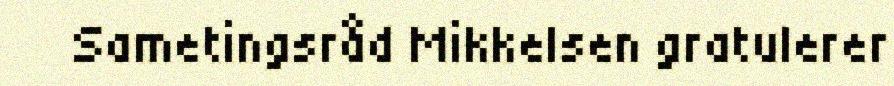
Sametingsråd Mikkelsen gratulerer